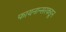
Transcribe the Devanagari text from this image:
फायनान्सरकडून